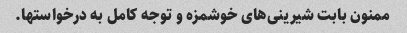
ممنون بابت شیرینی‌های خوشمزه و توجه کامل به درخواستها.